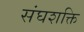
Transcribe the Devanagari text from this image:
संघशक्ति